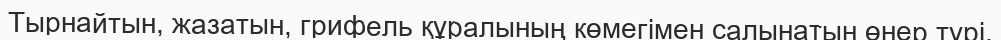
Тырнайтын, жазатын, грифель құралының көмегімен салынатын өнер түрі.